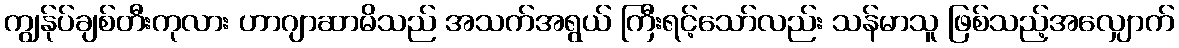
ကျွန်ုပ်ချစ်တီးကုလား ဟာဂျာဆာမိသည် အသက်အရွယ် ကြီးရင့်သော်လည်း သန်မာသူ ဖြစ်သည့်အလျှောက်